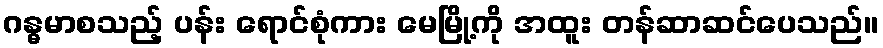
ဂန္ဓမာစသည့် ပန်း ရောင်စုံကား မေမြို့ကို အထူး တန်ဆာဆင်ပေသည်။